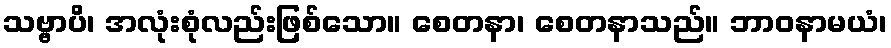
သဗ္ဗာပိ၊ အလုံးစုံလည်းဖြစ်သော။ စေတနာ၊ စေတနာသည်။ ဘာဝနာမယံ၊